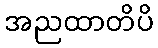
အညထာတိပိ